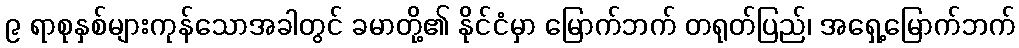
၉ ရာစုနှစ်များကုန်သောအခါတွင် ခမာတို့၏ နိုင်ငံမှာ မြောက်ဘက် တရုတ်ပြည်၊ အရှေ့မြောက်ဘက်